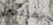
جميلتين